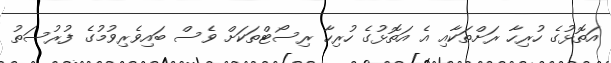
އަތޮޅުގެ ހުރިހާ ރަށްތަކާއި އެ އަތޮޅުގެ ހުރިހާ ރިސޯޓްތަކަށް ވެސް ބައިވެރިވުމުގެ ފުރުސަތު